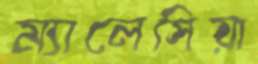
ম্যালেসিয়া